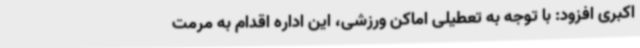
اکبری افزود: با توجه به تعطیلی اماکن ورزشی، این اداره اقدام به مرمت